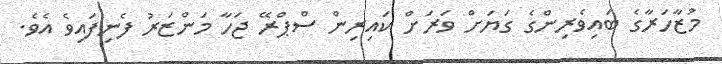
މުޒާހަރާގެ ބައިވެރިންގެ ގަޔަށް ވަރަށް ކައިރިން ސްޕްރޭ ޖަހާ މަންޒަރު ފެނިފައިވެ އެވެ.